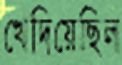
খেদিয়েছিল